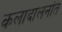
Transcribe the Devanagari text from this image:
कलादालनांत